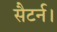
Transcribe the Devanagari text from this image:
सैटर्न।